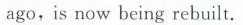
ago,is now being rebuilt.